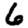
Digit: 6